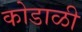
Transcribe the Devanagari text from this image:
कोडाळी